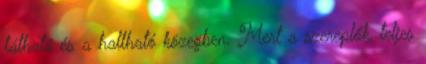
látható és a hallható közegben. Mert a szereplők, teljes